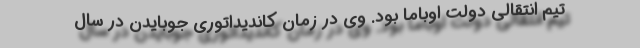
تیم انتقالی دولت اوباما بود. وی در زمان کاندیداتوری جوبایدن در سال